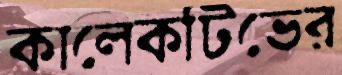
কালেকটিভের